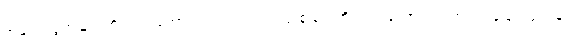
အမျက်ထွက်ခြင်းကိုလည်းကောင်း။ ဣဿာ ဝါ၊ ငြူစူခြင်းကိုလည်းကောင်း။ ကာတုံ၊ ပြုခြင်းငှာ။ န